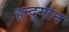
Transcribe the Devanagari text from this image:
हन्दुमान